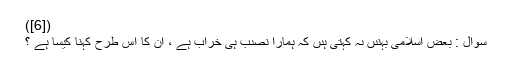
([6])
سُوال : بعض اسلامى بہنىں ىہ کہتى ہىں کہ ہمارا نصىب ہى خراب ہے ، اُن کا اِس طرح کہنا کیسا ہے ؟